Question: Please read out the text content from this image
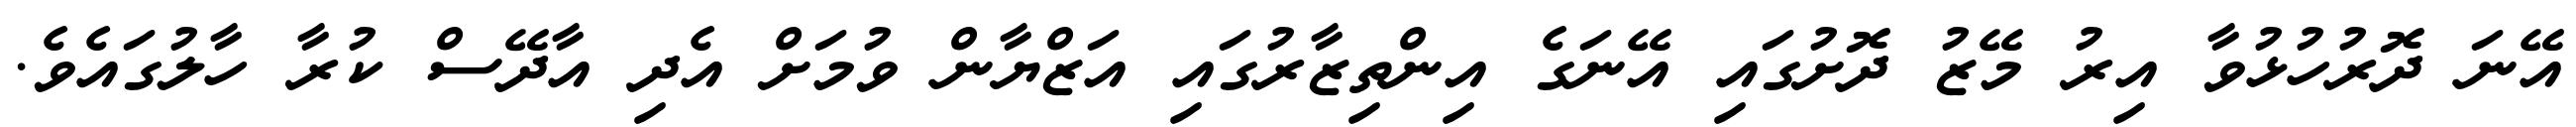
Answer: އޭނަ ދޮރުހުޅުވާ އިރު މޭޒު ދޮށުގައި އޭނަގެ އިންތިޒާރުގައި އަޒްޔާން ވުމަށް އެދި އާދޭސް ކުރާ ހާލުގައެވެ.